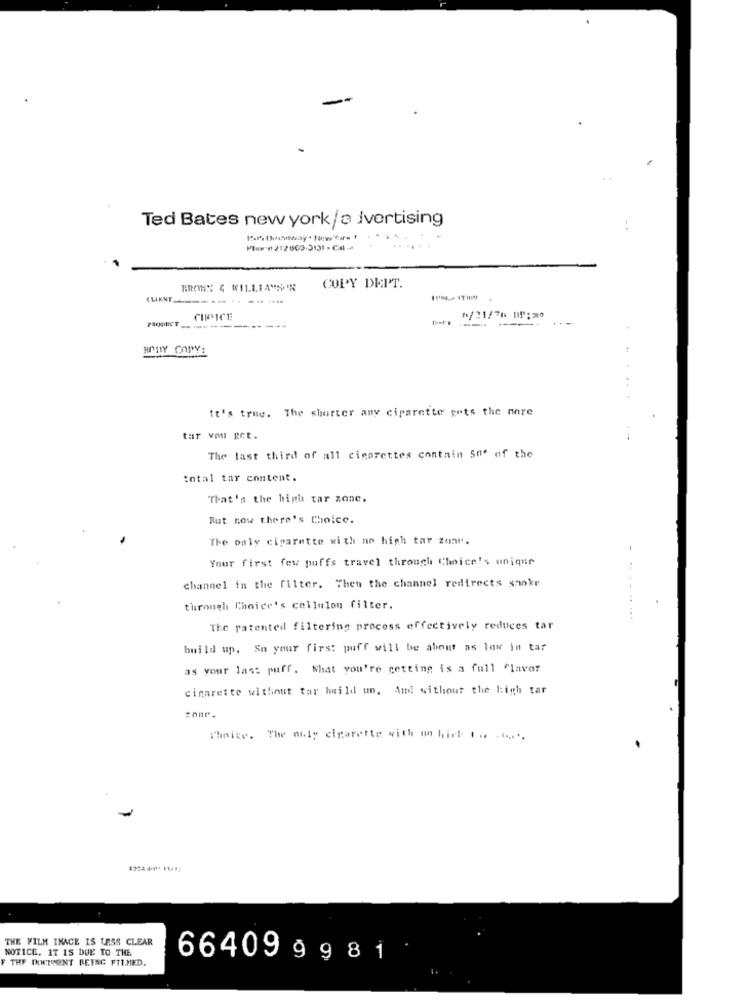
Ted Bates new york/a Ivertising
Pane 212602-3131 - Cal ..
COPY DEIT.
CHOICE
--- ----
*/21/76 M; = 0
. .
It's true. The shorter any cigarette gets the more
tar vou get.
The last third of all cigarettes contain 50' of the
total tar content.
That's the high tar zone.
But now there's Choice.
The only cigarette with no high tar zone.
Your first few puffs travel through Choice's unique
channel in the filter. Then the channel redirects snoke
through Choice's cellulon filter.
The patented filtering process effectively reduces tar
build up. So your first puff will be about as low in tar
as your las: puff. What you're getting is a full flavor
cigarette without tar hwild un. And without the high tar
zone.
Choice. The only cigarette with no hist ... ......
THE FILM INACE IS LESS CLEAR
NOTICE. IT IS DUE TO THE
THE DONCTEONT BEING FIT.MED.
66409 9 981